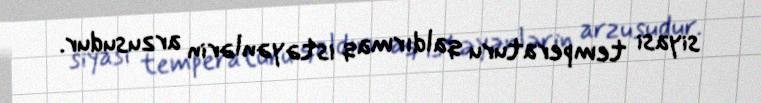
siyasi temperaturu qaldırmaq istəyənlərin arzusudur.